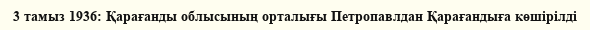
3 тамыз 1936: Қарағанды облысының орталығы Петропавлдан Қарағандыға көшірілді